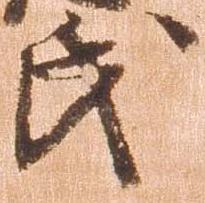
氏